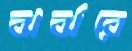
ঝর্ঝরে